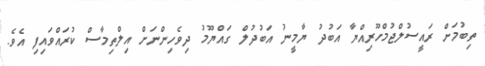
ތިބުމަށް ރައީސުލްޖުމްހޫރިއްޔާ އަބުދު ޔާމީނު އަބުދުލް ގައްޔޫމު ދިވެހިންނަށް އިލްތިމާސް ކުރައްވައިފި އެވެ.